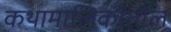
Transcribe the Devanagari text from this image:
कथामालिकांतील